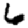
Digit: 6